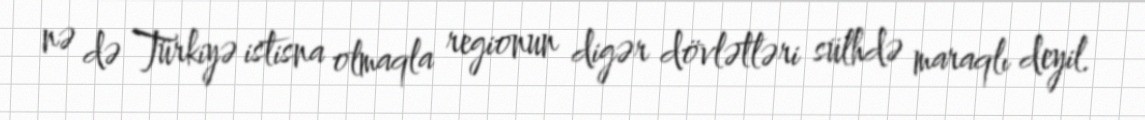
nə də Türkiyə istisna olmaqla regionun digər dövlətləri sülhdə maraqlı deyil.